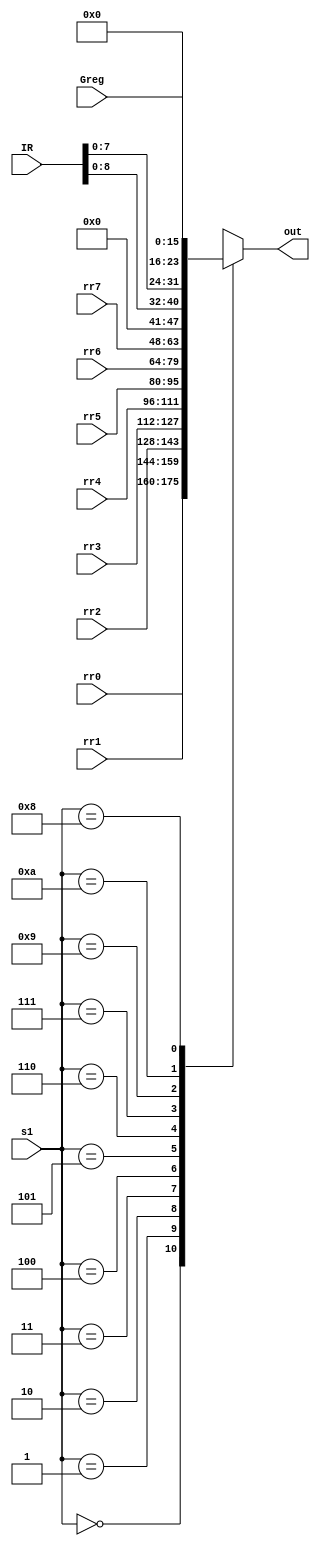
module mux_logic( input [3:0] s1, input [15:0] rr0,rr1,rr2,rr3,rr4,rr5,rr6,rr7,IR,Greg,
                  output reg [15:0] out);

parameter [3:0] sel_r0=4'd0, sel_r1=4'd1, sel_r2=4'd2, sel_r3=4'd3, sel_r4=4'd4, sel_r5=4'd5, sel_r6=4'd6, sel_r7=4'd7, sel_g=4'd8, sel_d=4'd9, sel_dt=4'd10;


always@(s1) 
      case(s1)
         sel_r0: out=rr0;
         sel_r1: out=rr1;
         sel_r2: out=rr2;
         sel_r3: out=rr3;
         sel_r4: out=rr4;
         sel_r5: out=rr5;
         sel_r6: out=rr6;
         sel_r7: out=rr7;
         sel_d : out={{7{1'b0}},IR[8:0]};
         sel_dt: out={IR[7:0],{8{1'b0}}};
         sel_g: out=Greg; 
         default: out=16'bxxxxxxxxxxxxxxxx;
       endcase
endmodule